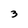
Character: 3